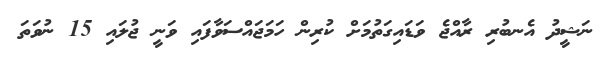
ނަޝީދު އެނބުރި ރާއްޖެ ވަޑައިގަތުމަށް ކުރިން ހަމަޖައްސަވާފައި ވަނީ ޖުލައި 15 ނުވަތަ